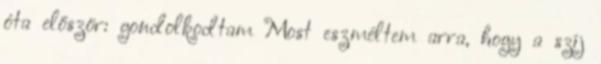
óta először: gondolkodtam Most eszméltem arra, hogy a szíj